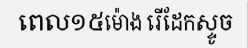
ពេល១៥ម៉ោង រើដែកស្ទូច